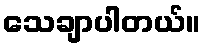
သေချာပါတယ်။